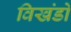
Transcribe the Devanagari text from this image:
विखंडों